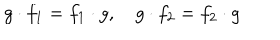
LaTeX: g \cdot f _ { 1 } = f _ { 1 } \cdot g , \quad g \cdot f _ { 2 } = f _ { 2 } \cdot g